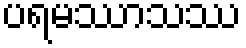
ပရမဿာသဿ